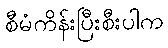
စီမံကိန်းပြီးစီးပါက